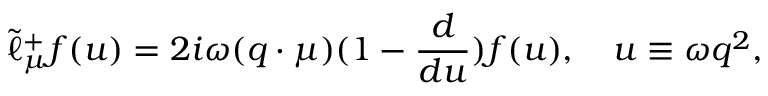
\tilde { \ell } _ { \mu } ^ { + } f ( u ) = 2 i \omega ( q \cdot \mu ) ( 1 - { \frac { d } { d u } } ) f ( u ) , \quad u \equiv \omega q ^ { 2 } ,